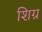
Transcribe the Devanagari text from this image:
शिग्र